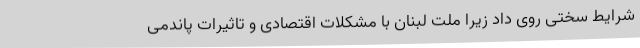
شرایط سختی روی داد زیرا ملت لبنان با مشکلات اقتصادی و تاثیرات پاندمی